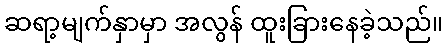
ဆရာ့မျက်နှာမှာ အလွန် ထူးခြားနေခဲ့သည်။